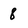
Character: 8